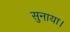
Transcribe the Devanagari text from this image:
सुनाया।